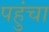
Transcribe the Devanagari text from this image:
पहुुंचा